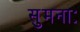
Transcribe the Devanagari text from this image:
सुमनाः